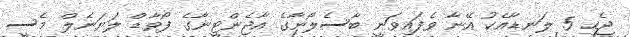
ޖެހި 5 ލަނޑާއެކު އޭނާ ވެފައިވަނީ ބާސެލޯނާގެ އާޖެންޓީނާގެ ފޯވާޑް ލަޔަނެލް މެސީ